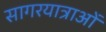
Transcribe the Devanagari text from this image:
सागरयात्राओं